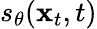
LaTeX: s_{\theta}(\mathbf{x}_{t},t)